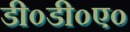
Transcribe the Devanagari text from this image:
डी०डी०ए०